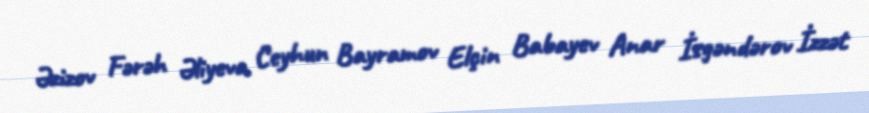
Əzizov Fərəh Əliyeva Ceyhun Bayramov Elçin Babayev Anar İsgəndərov İzzət